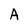
Character: A